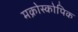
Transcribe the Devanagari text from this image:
मक्रोस्कोपिक